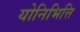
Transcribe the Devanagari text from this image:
योनिभित्ति